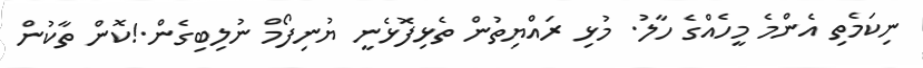
ނިކަމެތި އެެންމެ މީހެއްގެ ހާލު. މުޅި ރައްޔިތުން ތެޅިފޮޅެނީ ޔުނިފޯމް ނުލިބިގެން.!ކޮން ތާކުން